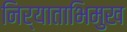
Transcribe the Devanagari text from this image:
निर्याताभिमुख